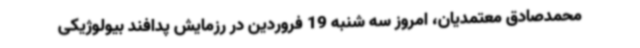
محمدصادق معتمدیان، امروز سه شنبه 19 فروردین در رزمایش پدافند بیولوژیکی